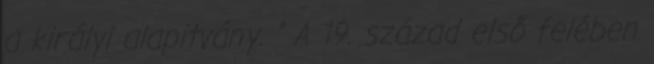
a királyi alapitvány. ” A 19. század első felében